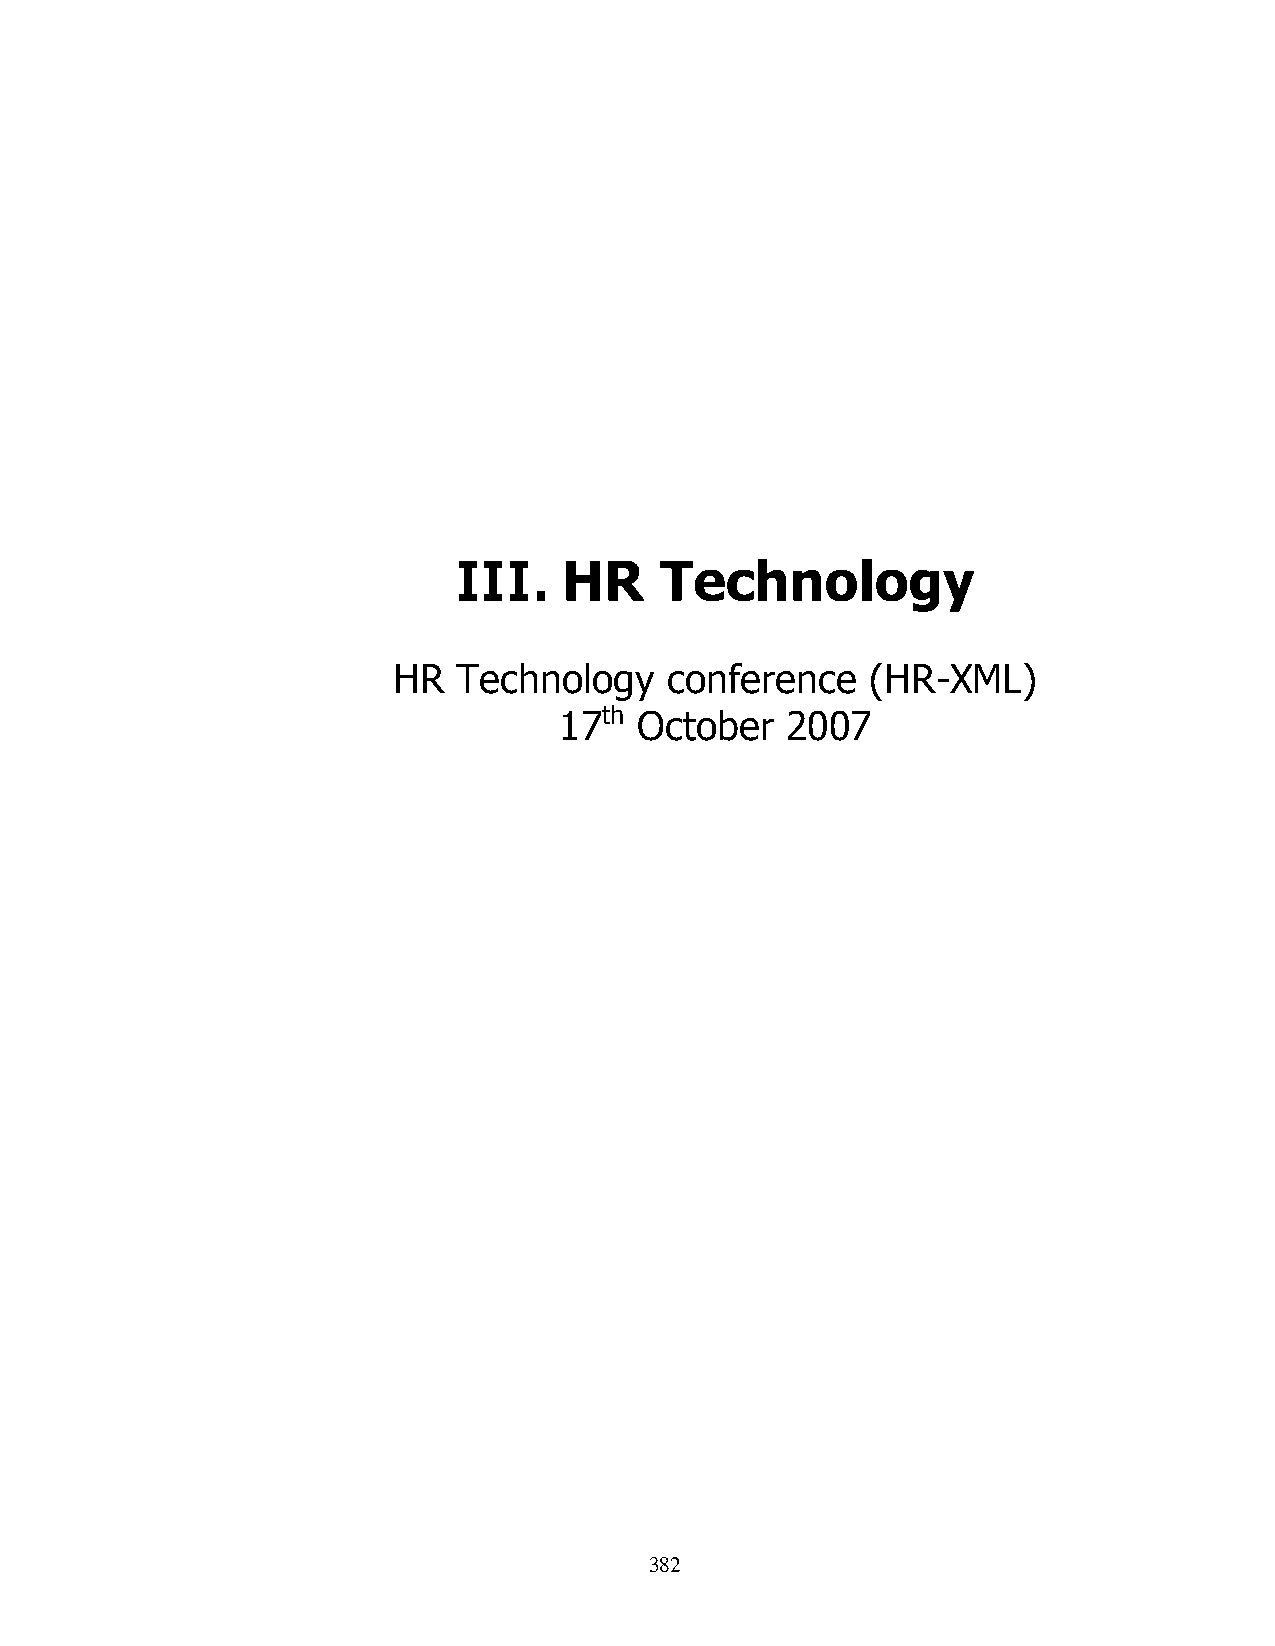
III.   HR     Technology
 HR  Technology    conference    (HR-XML)
 17th October   2007
 382